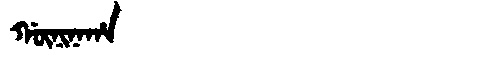
Manchu: ᡤᡡᠨᡳᠨᠠᡥᠠ
Romanization: GŪNINAHA